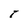
Character: t